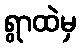
ရွာထဲမှ